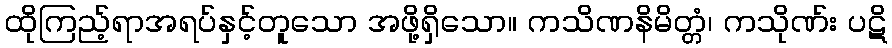
ထိုကြည့်ရာအရပ်နှင့်တူသော အဖို့ရှိသော။ ကသိဏနိမိတ္တံ၊ ကသိုဏ်း ပဋိ